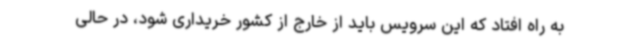
به راه افتاد که این سرویس باید از خارج از کشور خریداری شود، در حالی‌